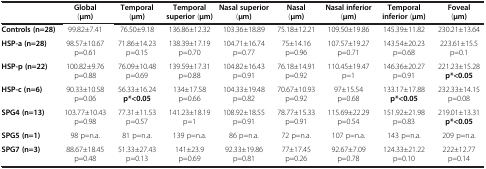
<table><thead><tr><td><b> </b></td><td><b>Global (μm)</b></td><td><b>Temporal (μm)</b></td><td><b>Temporal superior (μm)</b></td><td><b>Nasal superior (μm)</b></td><td><b>Nasal (μm)</b></td><td><b>Nasal inferior (μm)</b></td><td><b>Temporal inferior (μm)</b></td><td><b>Foveal (μm)</b></td></tr></thead><tbody><tr><td><b>Controls (n=28)</b></td><td>99.82±7.41</td><td>76.50±9.18</td><td>136.86±12.32</td><td>103.36±18.89</td><td>75.18±12.21</td><td>109.50±19.86</td><td>145.39±11.82</td><td>230.21±13.64</td></tr><tr><td><b>HSP-a (n=28)</b></td><td>98.57±10.67 p=0.61</td><td>71.86±14.23 p=0.15</td><td>138.39±17.19 p=0.70</td><td>104.71±16.74 p=0.77</td><td>75±14.16 p=0.96</td><td>107.57±19.27 p=0.71</td><td>143.54±20.23 p=0.68</td><td>223.61±15.5 p=0.1</td></tr><tr><td><b>HSP-p (n=22)</b></td><td>100.82±9.76 p=0.88</td><td>76.09±10.48 p=0.69</td><td>139.59±17.31 p=0.88</td><td>104.82±16.43 p=0.91</td><td>76.18±14.91 p=0.92</td><td>110.45±19.47 p=1</td><td>146.36±20.27 p=0.91</td><td>221.23±15.28 <b>p*&lt;0.05</b></td></tr><tr><td><b>HSP-c (n=6)</b></td><td>90.33±10.58 p=0.06</td><td>56.33±16.24 <b>p*&lt;0.05</b></td><td>134±17.58 p=0.66</td><td>104.33±19.48 p=0.82</td><td>70.67±10.93 p=0.92</td><td>97±15.54 p=0.68</td><td>133.17±17.88 <b>p*&lt;0.05</b></td><td>232.33±14.15 p=0.08</td></tr><tr><td><b>SPG4 (n=13)</b></td><td>103.77±10.43 p=0.98</td><td>77.31±11.53 p=0.57</td><td>141.23±18.19 p=1</td><td>108.92±18.55 p=0.91</td><td>78.77±15.33 p=0.91</td><td>115.69±22.29 p=0.54</td><td>151.92±21.98 p=0.83</td><td>219.01±13.31 <b>p*&lt;0.05</b></td></tr><tr><td><b>SPG5 (n=1)</b></td><td>98 p=n.a.</td><td>81 p=n.a.</td><td>139 p=n.a.</td><td>86 p=n.a.</td><td>72 p=n.a.</td><td>107 p=n.a.</td><td>143 p=n.a.</td><td>209 p=n.a.</td></tr><tr><td><b>SPG7 (n=3)</b></td><td>88.67±18.45 p=0.48</td><td>51.33±27.43 p=0.13</td><td>141±23.9 p=0.69</td><td>92.33±19.86 p=0.81</td><td>77±17.45 p=0.26</td><td>92.67±7.09 p=0.78</td><td>124.33±21.22 p=0.10</td><td>222±12.77 p=0.14</td></tr></tbody></table>